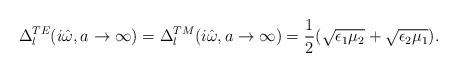
LaTeX: \begin{align*}\Delta_l^{TE}(i\hat \omega, a\rightarrow \infty)=\Delta_l^{TM}(i\hat \omega, a\rightarrow\infty)=\frac{1}{2}(\sqrt{\epsilon_1\mu_2}+\sqrt{\epsilon_2\mu_1}).\end{align*}